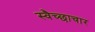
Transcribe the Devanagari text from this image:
स्‍वैच्‍छाचार